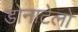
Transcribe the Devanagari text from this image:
डोनाटेलो